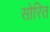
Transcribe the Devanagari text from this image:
सोरित